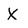
Character: X